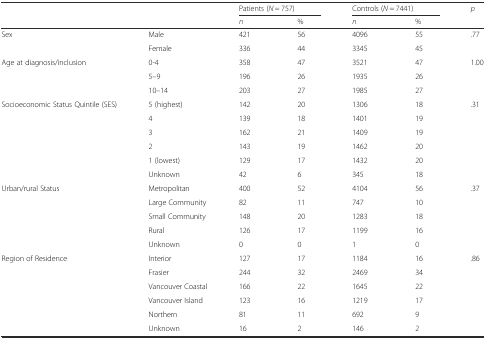
|  |  | <COLSPAN=2> Patients (N = 757) | <COLSPAN=2> Controls (N = 7441) | p |
 |  |  | n | % | n | % |  |
 | --- | --- | --- | --- | --- | --- | --- |
 | <ROWSPAN=2> Sex | Male | 421 | 56 | 4096 | 55 | .77 |
 | Female | 336 | 44 | 3345 | 45 |  |
 | <ROWSPAN=3> Age at diagnosis/inclusion | 0-4 | 358 | 47 | 3521 | 47 | 1.00 |
 | 5–9 | 196 | 26 | 1935 | 26 |  |
 | 10–14 | 203 | 27 | 1985 | 27 |  |
 | <ROWSPAN=6> Socioeconomic Status Quintile (SES) | 5 (highest) | 142 | 20 | 1306 | 18 | .31 |
 | 4 | 139 | 18 | 1401 | 19 |  |
 | 3 | 162 | 21 | 1409 | 19 |  |
 | 2 | 143 | 19 | 1462 | 20 |  |
 | 1 (lowest) | 129 | 17 | 1432 | 20 |  |
 | Unknown | 42 | 6 | 345 | 18 |  |
 | <ROWSPAN=4> Urban/rural Status | Metropolitan | 400 | 52 | 4104 | 56 | .37 |
 | Large Community | 82 | 11 | 747 | 10 |  |
 | Small Community | 148 | 20 | 1283 | 18 |  |
 | Rural | 126 | 17 | 1199 | 16 |  |
 |  | Unknown | 0 | 0 | 1 | 0 |  |
 | <ROWSPAN=6> Region of Residence | Interior | 127 | 17 | 1184 | 16 | .86 |
 | Frasier | 244 | 32 | 2469 | 34 |  |
 | Vancouver Coastal | 166 | 22 | 1645 | 22 |  |
 | Vancouver Island | 123 | 16 | 1219 | 17 |  |
 | Northern | 81 | 11 | 692 | 9 |  |
 | Unknown | 16 | 2 | 146 | 2 |  |